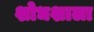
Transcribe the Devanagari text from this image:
शोधशाला